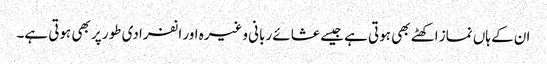
ان کے ہاں نماز اکھٹے بھی ہوتی ہے جیسے عشائے ربانی وغیرہ اور انفرادی طور پر بھی ہوتی ہے۔